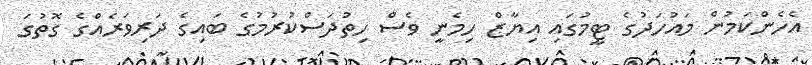
އެހެންކަމުން މައުހަދުގެ ޓީމުގައި އިޔާޒް ހިމެނީ ވެސް ހިތުދަސްކުރުމުގެ ބައިގެ ދަރިވަރެއްގެ ގޮތުގަ